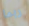
ربما